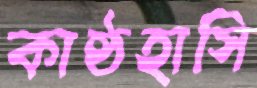
কাষ্ঠহাসি